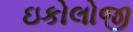
ઇકોલોજી